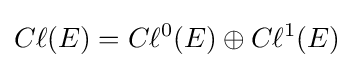
C\ell (E)=C\ell ^{0}(E)\oplus C\ell ^{1}(E)